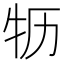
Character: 𮳻